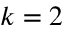
k = 2